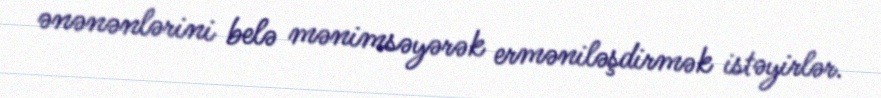
ənənənlərini belə mənimsəyərək erməniləşdirmək istəyirlər.